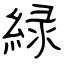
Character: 緑